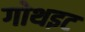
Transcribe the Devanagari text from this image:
गोथइट